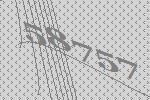
58757